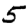
Digit: 5